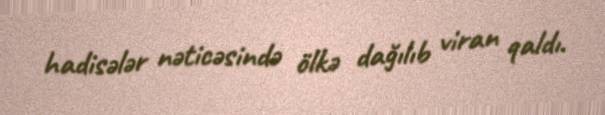
hadisələr nəticəsində ölkə dağılıb viran qaldı.